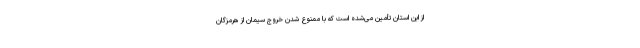
از این استان تأمین می‌شده است که با ممنوع شدن خروج سیمان از هرمزگان